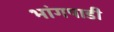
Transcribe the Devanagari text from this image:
भांगपाडी